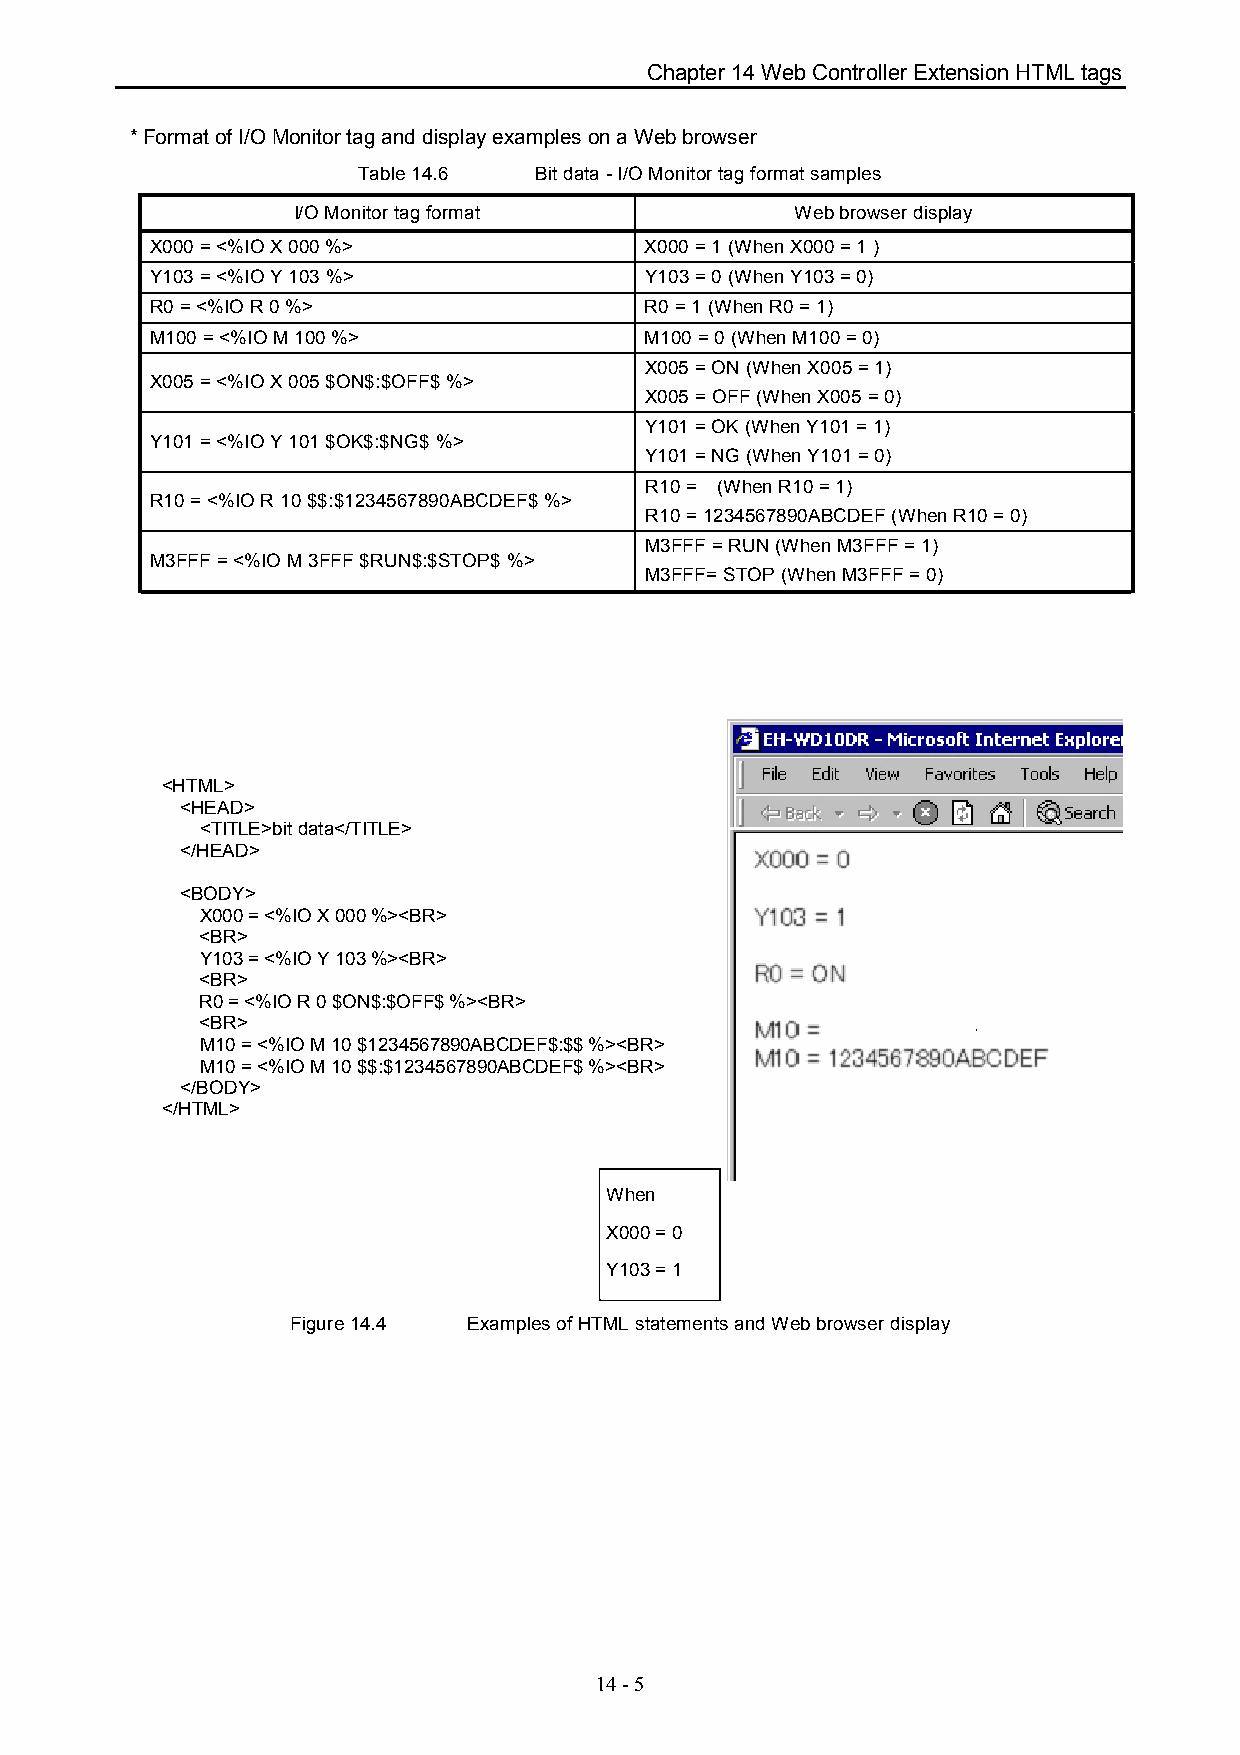
Chapter 14 Web Controller Extension HTML tags
 * Format of I/O Monitor tag and display examples on a Web browser
 Table 14.6 Bit data - I/O Monitor tag format samples
 I/O Monitor tag format            Web browser display
 X000 = <%IO X 000 %>             X000 = 1 (When X000 = 1 )
 Y103 = <%IO Y 103 %>             Y103 = 0 (When Y103 = 0)
 R0 = <%IO R 0 %>                 R0 = 1 (When R0 = 1)
 M100 = <%IO M 100 %>             M100 = 0 (When M100 = 0)
 X005 = ON (When X005 = 1)
 X005 = <%IO X 005 $ON$:$OFF$ %>
 X005 = OFF (When X005 = 0)
 Y101 = OK (When Y101 = 1)
 Y101 = <%IO Y 101 $OK$:$NG$ %>
 Y101 = NG (When Y101 = 0)
 R10 = (When R10 = 1)
 R10 = <%IO R 10 $$:$1234567890ABCDEF$ %>
 R10 = 1234567890ABCDEF (When R10 = 0)
 M3FFF = RUN (When M3FFF = 1)
 M3FFF = <%IO M 3FFF $RUN$:$STOP$ %>
 M3FFF= STOP (When M3FFF = 0)
 <HTML>
 <HEAD>
 <TITLE>bit data</TITLE>
 </HEAD>
 <BODY>
 X000 = <%IO X 000 %><BR>
 <BR>
 Y103 = <%IO Y 103 %><BR>
 <BR>
 R0 = <%IO R 0 $ON$:$OFF$ %><BR>
 <BR>
 M10 = <%IO M 10 $1234567890ABCDEF$:$$ %><BR>
 M10 = <%IO M 10 $$:$1234567890ABCDEF$ %><BR>
 </BODY>
 </HTML>
 When
 X000 = 0
 Y103 = 1
 Figure 14.4 Examples of HTML statements and Web browser display
 14 - 5